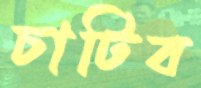
চাটিব